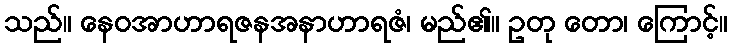
သည်။ နေဝအာဟာရဇနအနာဟာရဇံ၊ မည်၏။ ဥတု တော၊ ကြောင့်။